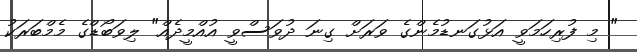
" މި ފުރިހަމަވީ އަޅުގަނޑުމެންގެ ވަރަށް ގިނަ ދުވަސްވީ އުއްމީދެއް" ލިވަބޯޑްގެ މެމްބަރަކު